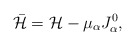
\begin{align*}\bar{{\cal H}}={\cal H}-\mu_{\alpha} J_{\alpha}^0,\end{align*}